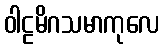
ဝါဠမိဂသမာကုလေ